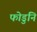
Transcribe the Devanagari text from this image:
फोडुनि